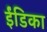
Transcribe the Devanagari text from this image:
ईंडिका